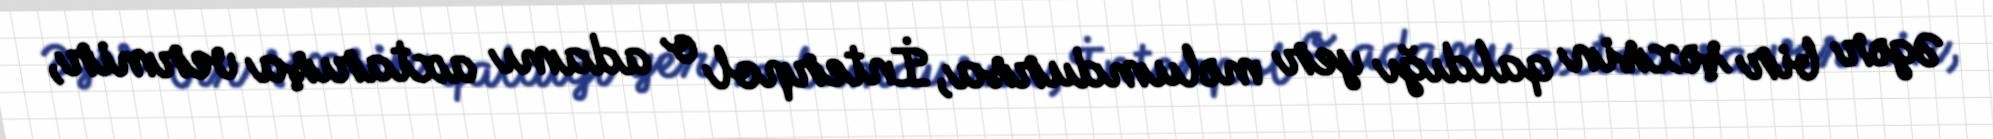
Əgər bir şəxsin qaldığı yer məlumdursa, İnterpol o adamı axtarışa vermir,